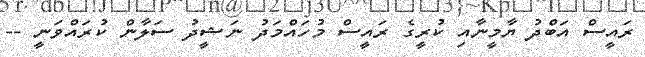
ރައީސް އަބްދު ޔާމީނާއި ކުރީގެ ރައީސް މުހައްމަދު ނަޝީދު ސަލާން ކުރައްވަނީ --